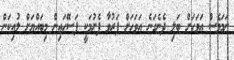
ނަމަވެސް އަވަހަށް ބަލި ދެނެގަނެ އަވަހަށް ފަރުވާ ފެށުމަކީ ފަސޭހައިން މިބައްޔަށް ލުއިކަން